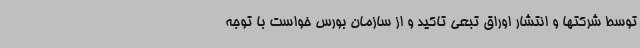
توسط شرکتها و انتشار اوراق تبعی تاکید و از سازمان بورس خواست با توجه